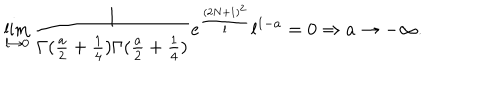
LaTeX: \lim _ { l \rightarrow 0 } \frac { 1 } { \Gamma ( \frac { a } { 2 } + \frac { 1 } { 4 } ) \Gamma ( \frac { a } { 2 } + \frac { 1 } { 4 } ) } e ^ { \frac { ( 2 N + 1 ) ^ { 2 } } { l } } l ^ { 1 - a } = 0 \Rightarrow a \rightarrow - \infty .